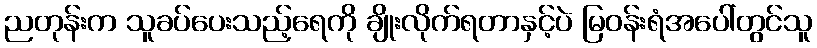
ညတုန်းက သူခပ်ပေးသည့်ရေကို ချိုးလိုက်ရတာနှင့်ပဲ မြဝန်းရံအပေါ်တွင်သူ